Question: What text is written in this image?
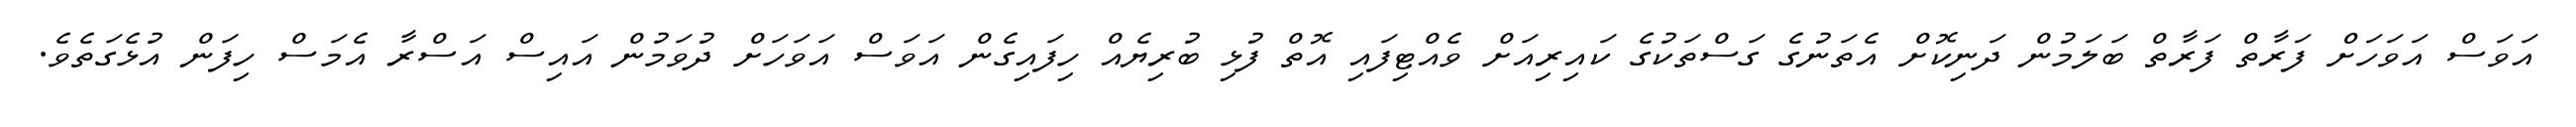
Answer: އަވަސް އަވަހަށް ފަރާތް ފަރާތް ބަލަމުން ދަނިކޮށް އެތަނުގެ ގަސްތަކުގެ ކައިރިއަށް ވެއްޓިފައި އޮތް ފުޅި ބުރިޔެއް ހިފައިގެން އަވަސް އަވަހަށް ދުވަމުން އައިސް އަސްރާ އެމަސް ހިފަން އުޅެގަތެވެ.